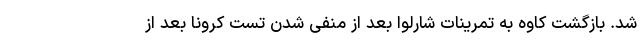
شد. بازگشت کاوه به تمرینات شارلوا بعد از منفی شدن تست کرونا بعد از